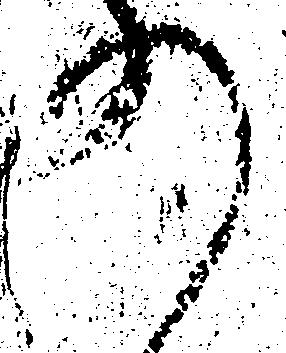
の